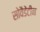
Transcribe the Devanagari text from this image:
सोवैडेंटीन